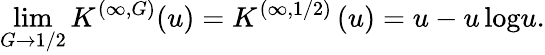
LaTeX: \operatorname*{lim}_{G\to 1/2}K^{(\infty,G)}(u)=K^{(\infty,1/2)}\left(u\right)=u-{u\log}u.